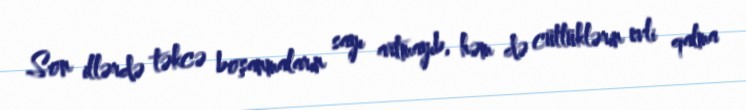
Son illərdə təkcə boşanmaların sayı artmayıb, həm də cütlüklərin evli qalma